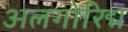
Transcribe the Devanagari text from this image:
अलगोरिद्म